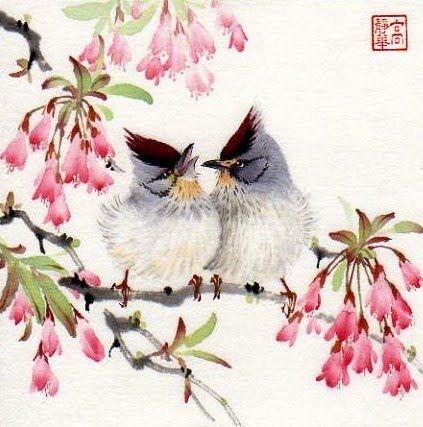
风日薄度墙啼鸟声乱。